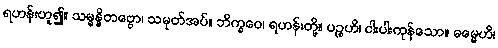
ရဟန်းဟူ၍။ သမ္မန္နိတဗ္ဗော၊ သမုတ်အပ်။ ဘိက္ခဝေ၊ ရဟန်းတို့။ ပဉ္စဟိ၊ ငါးပါးကုန်သော။ ဓမ္မေဟိ၊